Liigvalla_vallavalitsus, lk 14
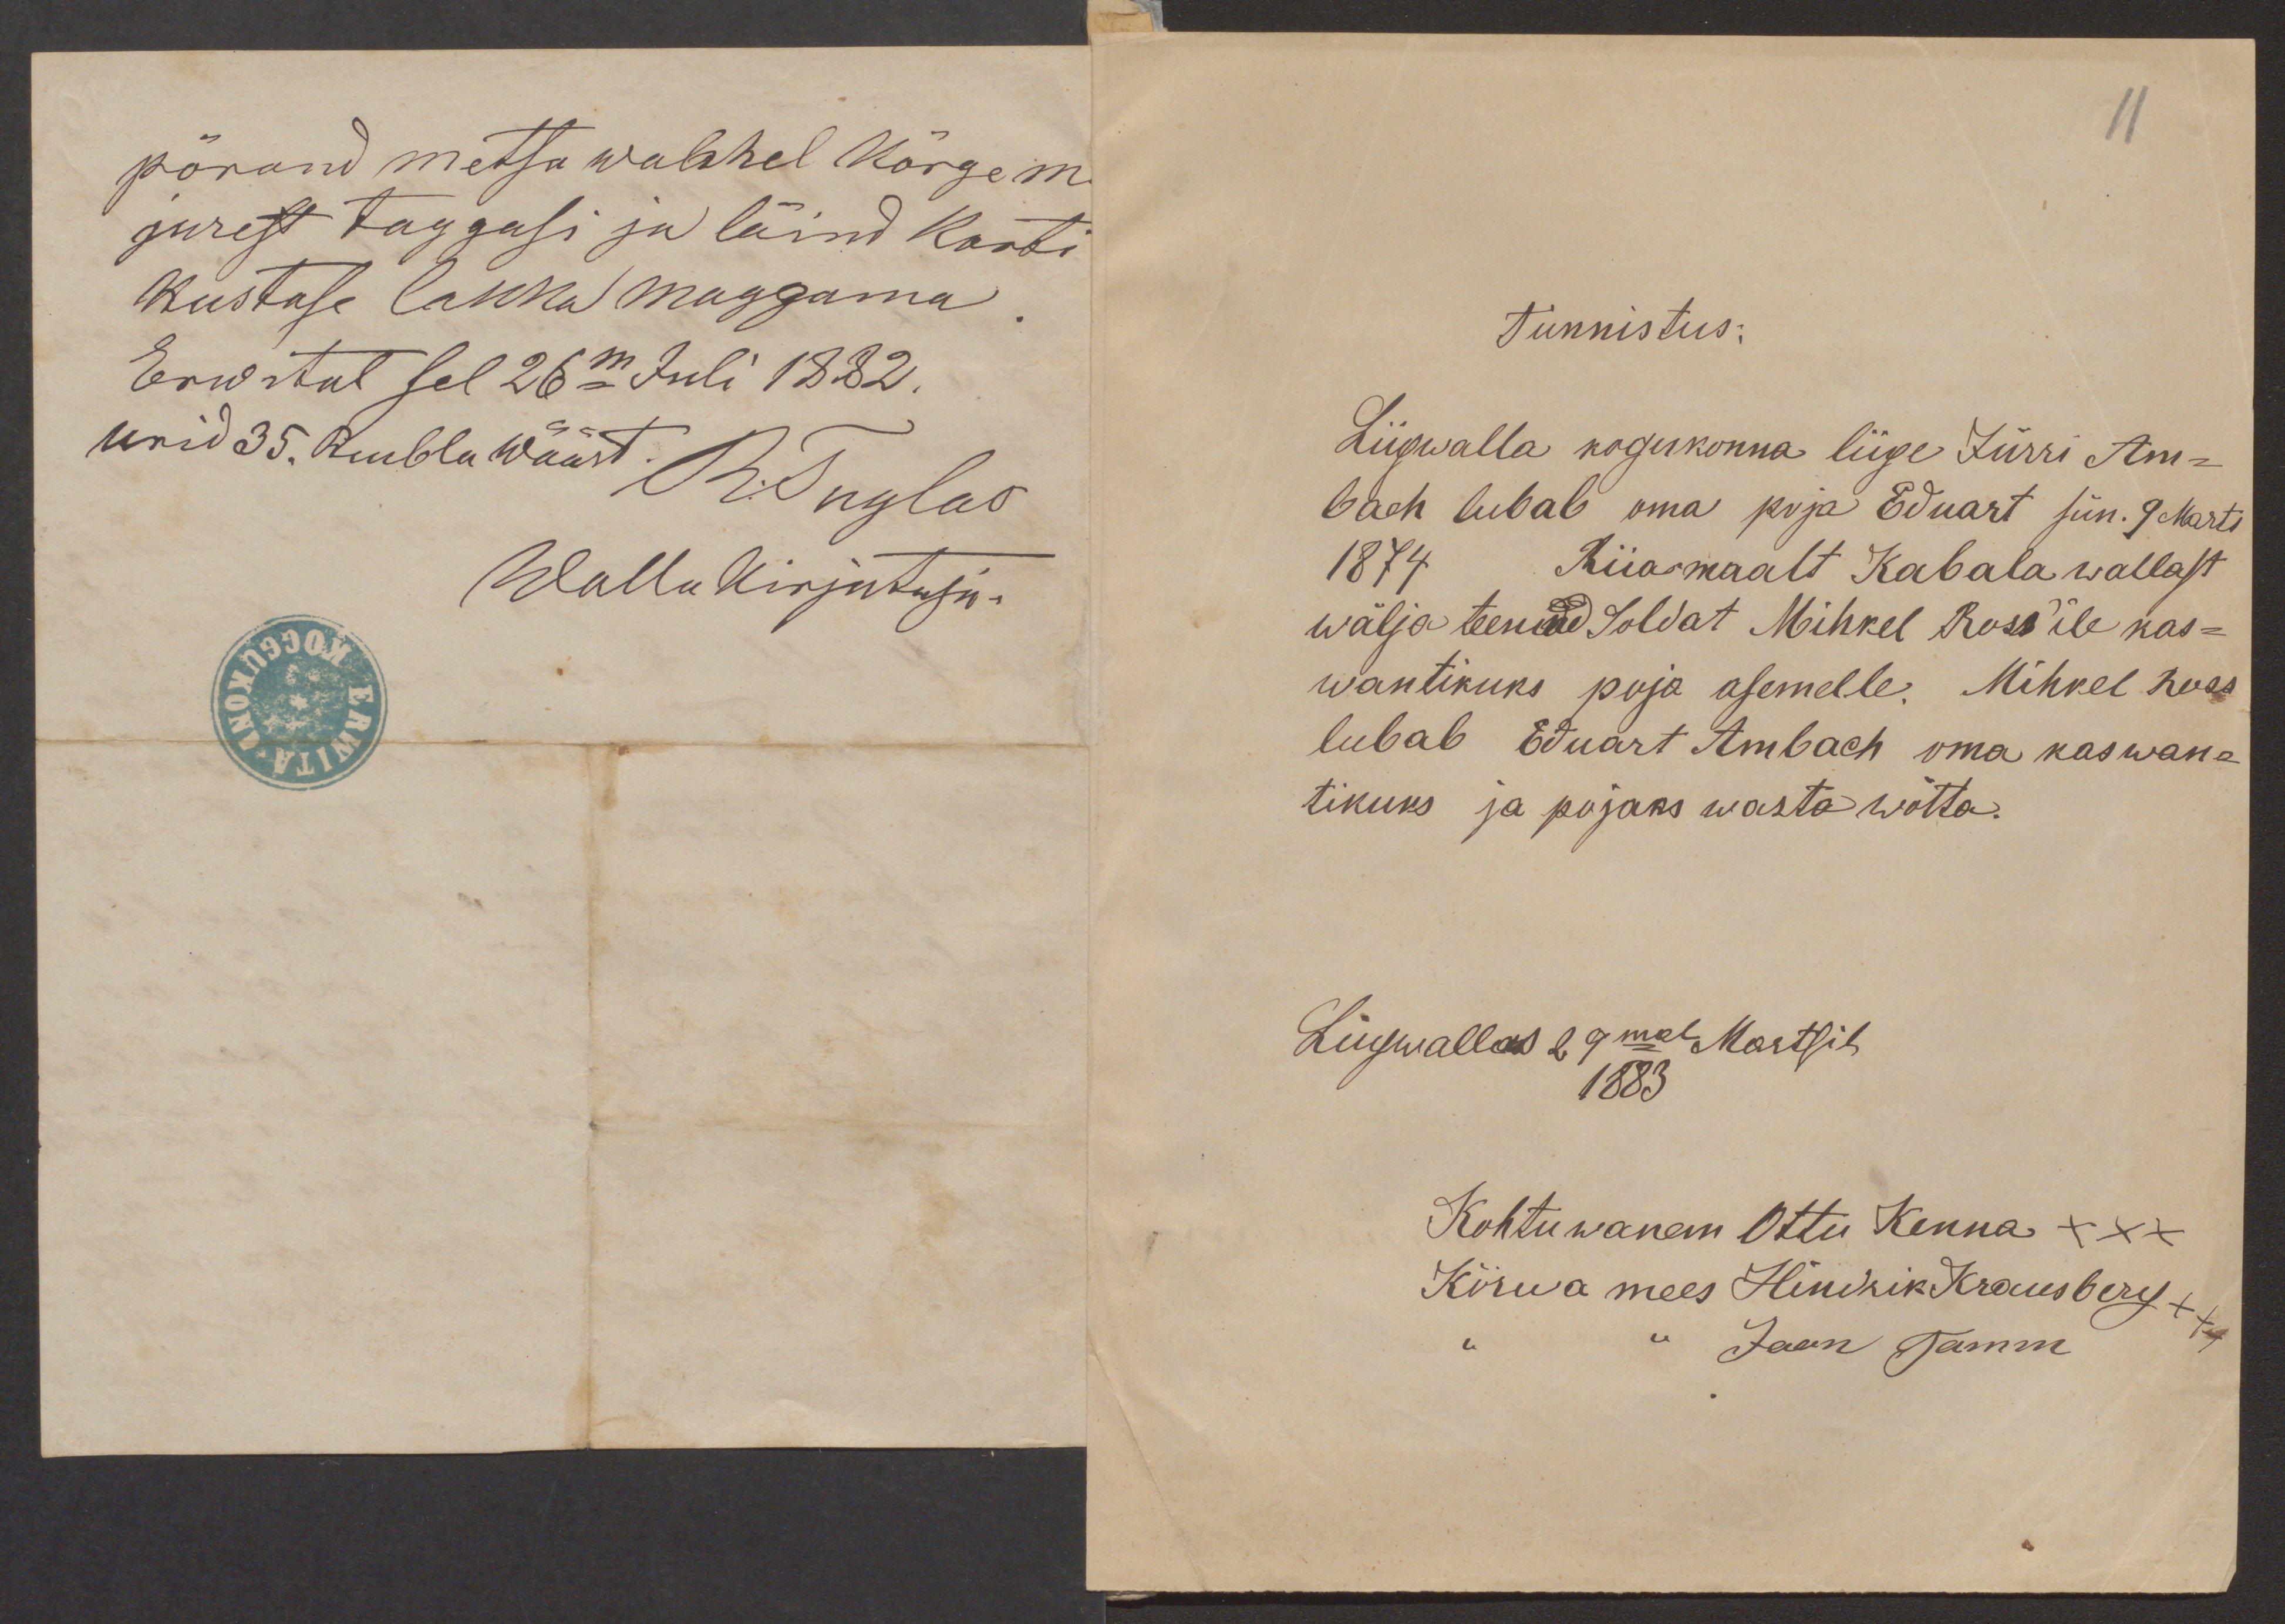
pörand metsa wahhel Kõrgem
jurest taggasi ja läind Korti
Kustase lakka maggama.
Erwital sel 26m Juli 1882.
urid 35. Rubla wäärt. R. Tuglas
Walla kirjutaja.

11
Tunnistus.
Liigwalla kogukonna liige Jürri Am-
bach lubab oma poja Eduart sün. 9 Marts
1874 Riiasmaalt Kabala wallast
wälja teenind Soldat Mihkel Ross'ile kas-
wantikuks poja asemelle. Mihkel Ross
lubab Eduart Ambach oma kaswan-
tikuks ja pojaks wasta wõtta.
Liigwallas 29mal Martsil
1883
Kohtuwanem Ottu Kenna XXX
Kõrwa mees Hindrik Krausberg XXX
" " Jaan Tamm